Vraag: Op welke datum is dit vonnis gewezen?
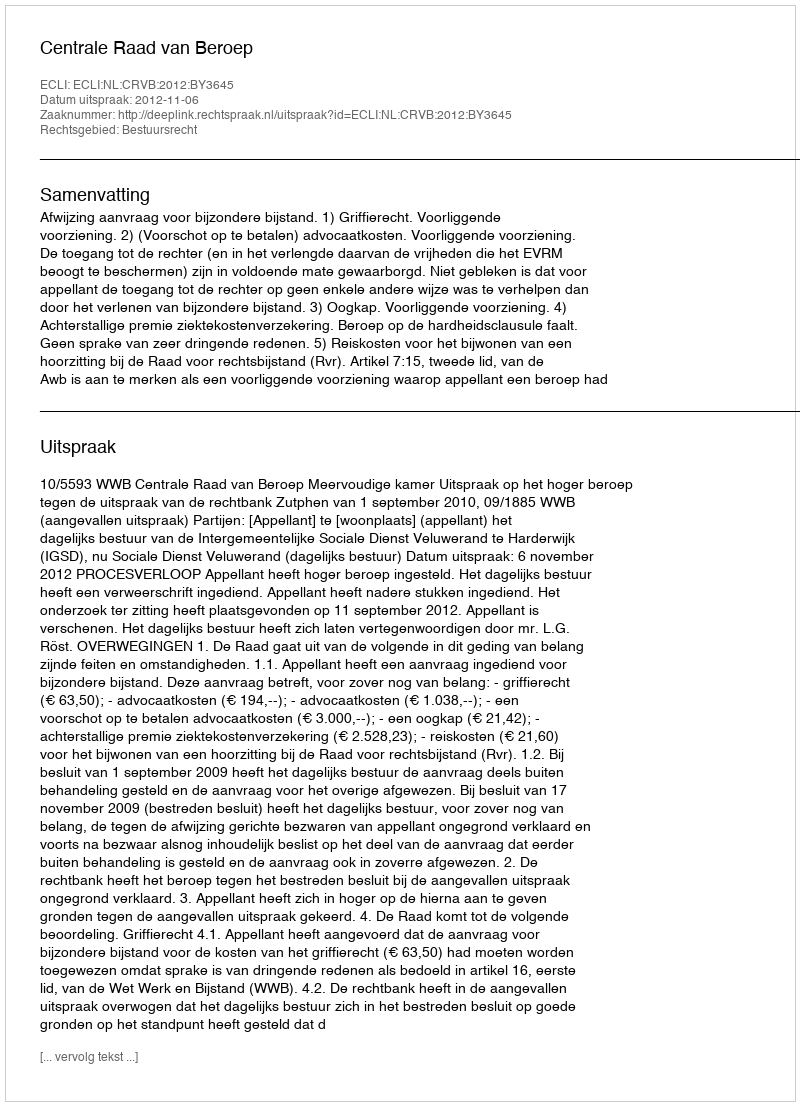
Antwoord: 2012-11-06